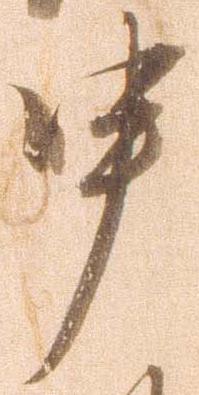
申